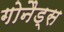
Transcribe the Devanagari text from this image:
गोनैड्स